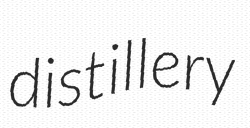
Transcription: distillery